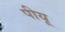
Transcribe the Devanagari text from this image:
पीयू